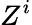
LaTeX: Z^{i}